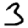
Digit: 3